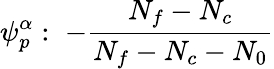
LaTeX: \psi_{p}^{\alpha}:\; -\frac{N_{f}-N_{c}}{N_{f}-N_{c}-N_{0}}